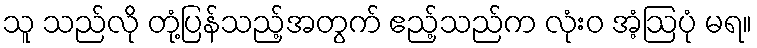
သူ သည်လို တုံ့ပြန်သည့်အတွက် ဧည့်သည်က လုံးဝ အံ့ဩပုံ မရ။